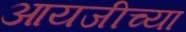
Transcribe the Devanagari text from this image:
आयजीच्या